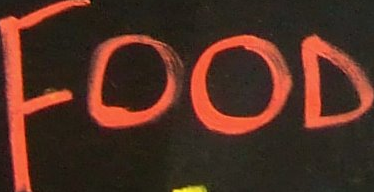
FOOD